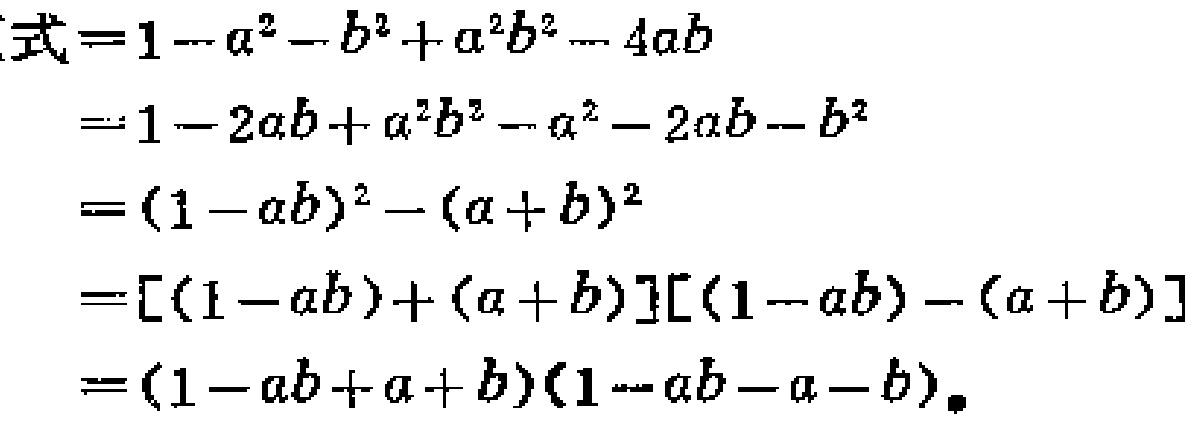
\[

\begin{align*}

\text{式}&=1 - a^{2}-b^{2}+a^{2}b^{2}-4ab\\

&=1 - 2ab+a^{2}b^{2}-a^{2}-2ab - b^{2}\\

&=(1 - ab)^{2}-(a + b)^{2}\\

&=[(1 - ab)+(a + b)][(1 - ab)-(a + b)]\\

&=(1 - ab+a + b)(1 - ab - a - b)

\end{align*}

\]